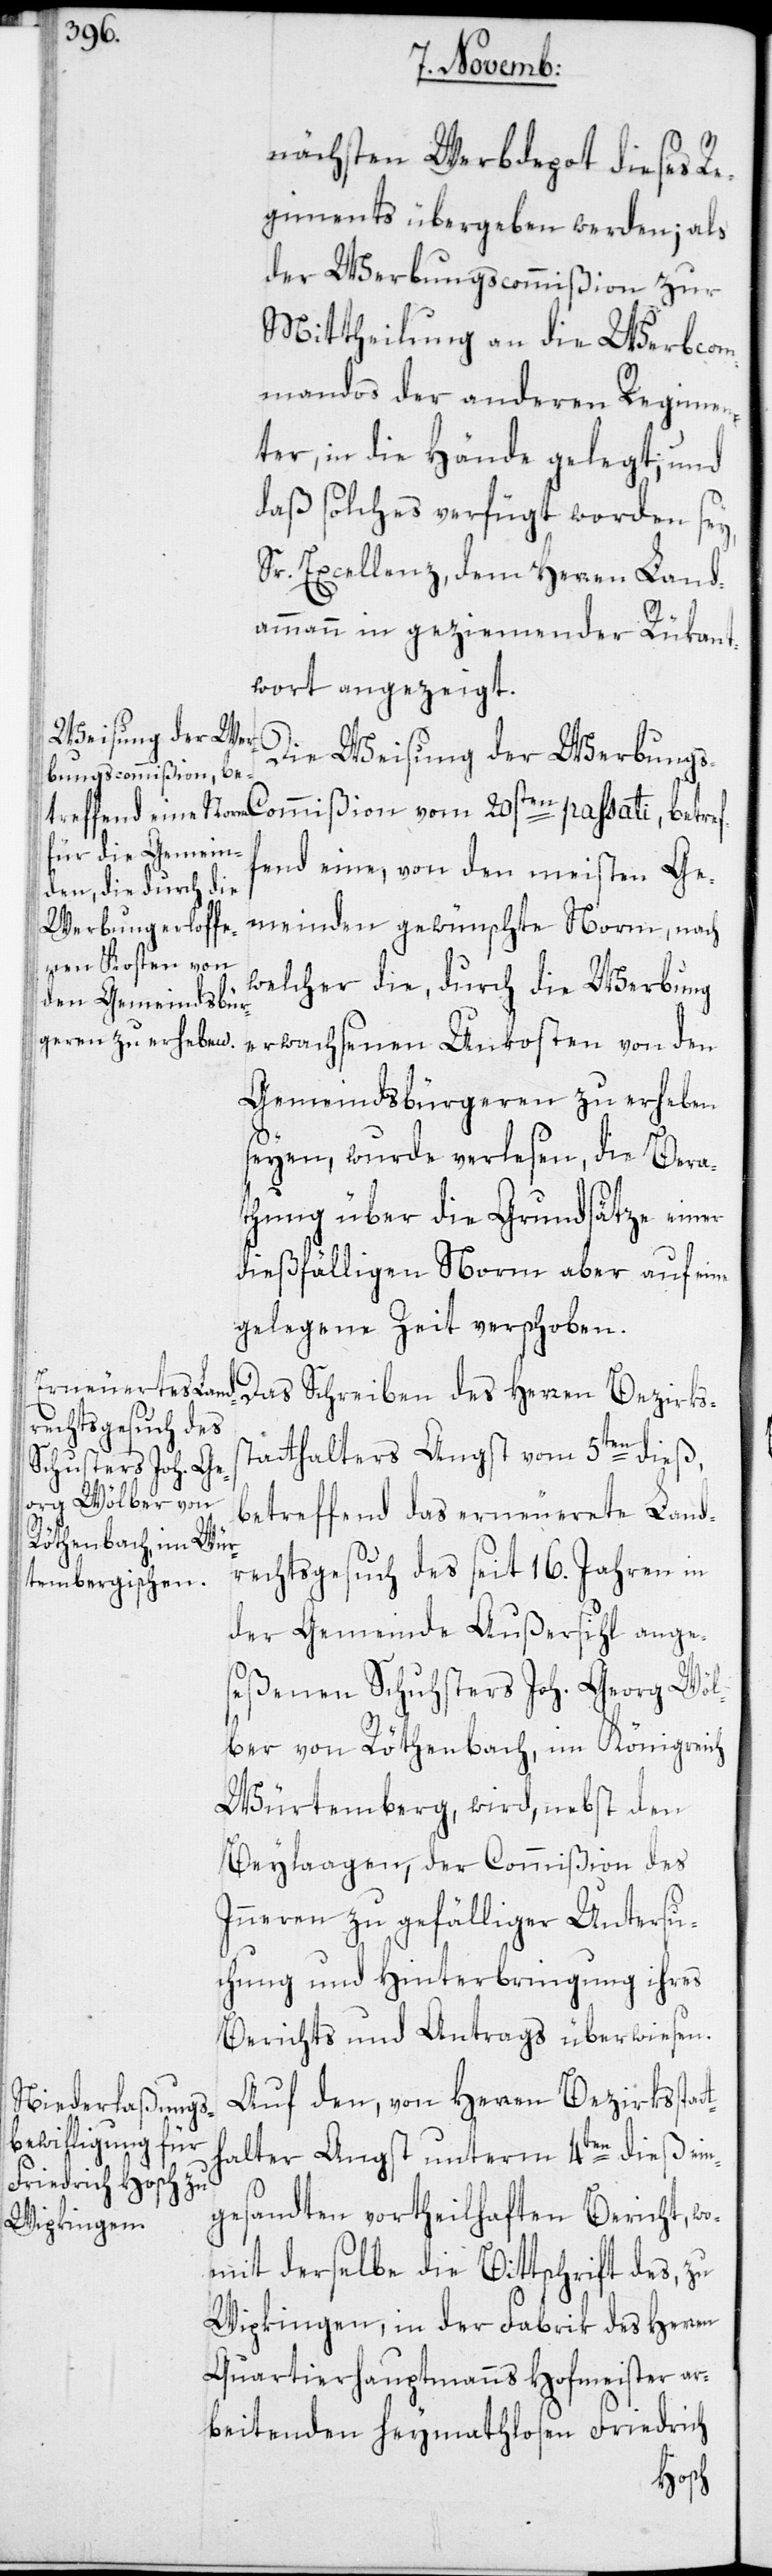
nächsten Werbdepot dieses Re¬
giments übergeben werden; als
der Werbungscommißion zur
Mittheilung an die Werbcom¬
mandos der anderen Regimen¬
ter, in die Hände gelegt; und
daß solches verfügt worden sey,
Sr. Excellenz, dem Herren Land¬
ammann in geziemender Rükant¬
wort angezeigt.
Weisung der Wer¬
bungs-Commißion vom
fend eine, von den meisten Ge¬
meinden gewünschte Norm, nach
welcher die, durch die Werbung
erwachsenen Unkosten von den
Gemeindsbürgeren zu erheben
seyen, wurde verlesen, die Bera¬
thung über die Grundsätze einer
dießfälligen Norm aber auf eine
gelegene Zeit verschoben.
Das Schreiben des Herren Bezirkss¬
tatthalters Angst vom 5ten dieß,
betreffend das erneuerete Land¬
rechtsgesuch des seit 16. Jahren in
der Gemeinde Außersihl ange¬
seßenen Schuhsters Joh. Georg Wöl¬
ber von Röthenbach, im Königreich
Würtemberg, wird, nebst den
Beylaagen, der Commißion des
Inneren zu gefälliger Untersu¬
chung und Hinterbringung ihres
Berichts und Antrags überwiesen.
Auf den, von Herren Bezirksstat¬
thalter Angst unterm 4ten dieß ein¬
gesandten vortheilhaften Bericht, wo¬
mit derselbe die Bittschrift des, zu
Wipkingen, in der Fabrik des Herren
Quartierhauptmanns Hofmeister ar¬
beitenden heymathlosen Friedrich
ref¬